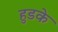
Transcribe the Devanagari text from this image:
हुडके